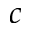
c